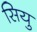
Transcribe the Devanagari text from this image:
सियु